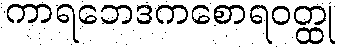
ကာရဘေဒကစောရဝတ္ထု